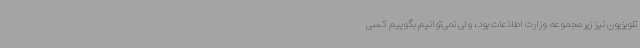
تلویزیون نیز زیرمجموعه وزارت اطلاعات بود، ولی نمی‌توانیم بگوییم کسی